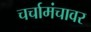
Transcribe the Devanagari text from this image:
चर्चामंचावर